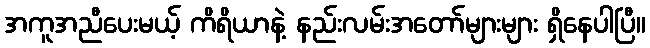
အကူအညီပေးမယ့် ကိရိယာနဲ့ နည်းလမ်းအတော်များများ ရှိနေပါပြီ။